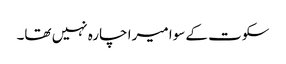
سکوت کے سوا میرا چارہ نہیں تھا۔